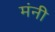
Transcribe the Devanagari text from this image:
मंनी